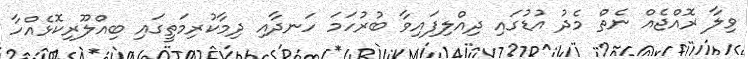
ވިލާ ރޮއްޖެއް ނެތް މެދު އުޑުގައި ދިއްލިފައިވާ ބުރުހަމަ ހަނދާއި ދިމާކުރިމަތީގައި ބިއްލޫރިކޮޅެއްހާ